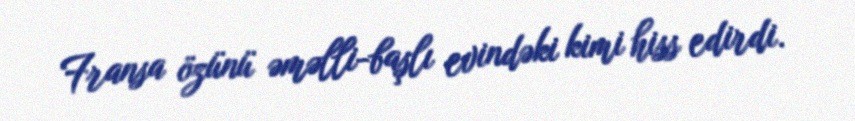
Fransa özünü əməlli-başlı evindəki kimi hiss edirdi.